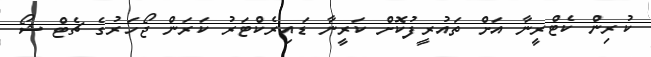
ކުރިން ކެޓްރީނާ އަށް ތައުރީފުކޮށް ކަރީނާ ޑައިރެކްޓަރު ކަރަން ޖޯހަރުގެ ޗެޓް ޝޯ